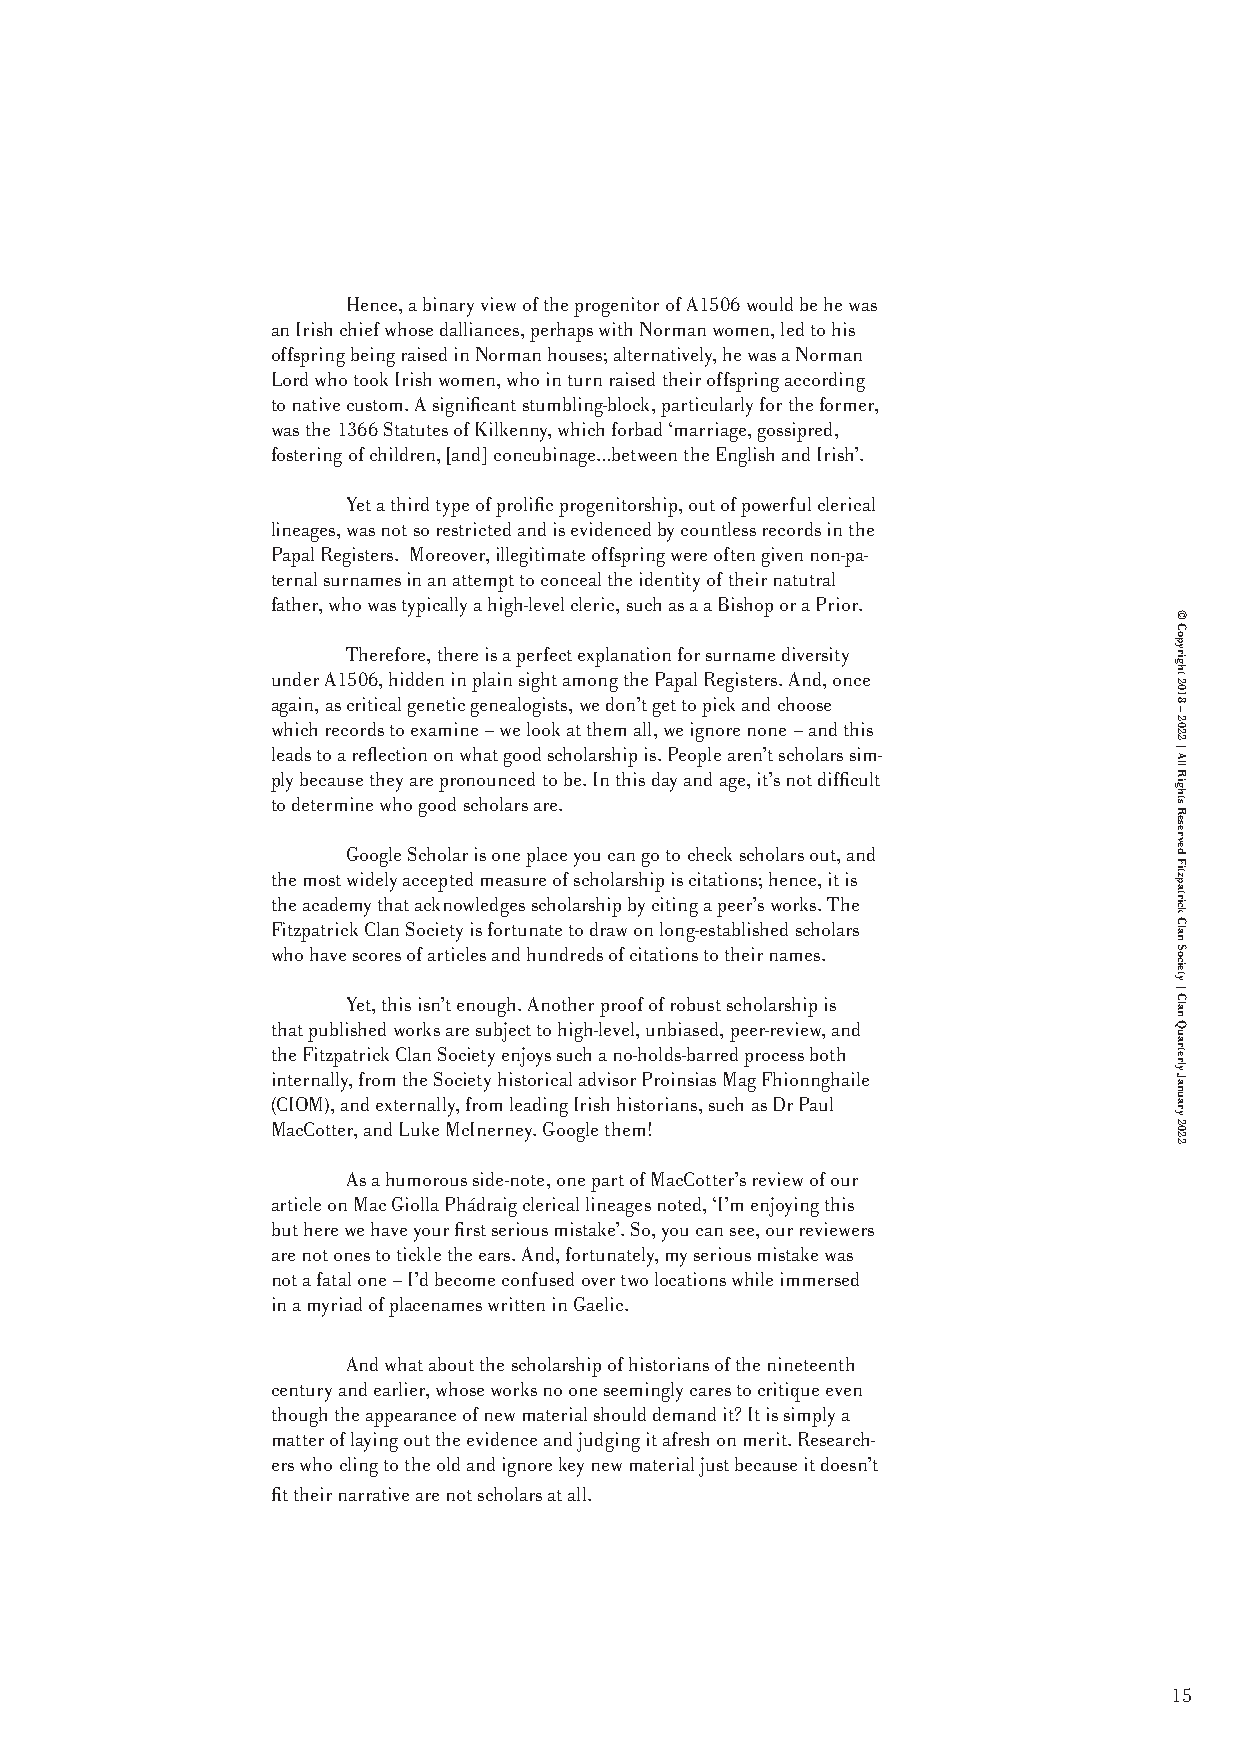
Hence, a binary view of the progenitor of A1506 would be he was
 an Irish chief whose dalliances, perhaps with Norman women, led to his
 offspring being raised in Norman houses; alternatively, he was a Norman
 Lord who took Irish women, who in turn raised their offspring according
 to native custom. A significant stumbling-block, particularly for the former,
 was the 1366 Statutes of Kilkenny, which forbad ‘marriage, gossipred,
 fostering of children, [and] concubinage…between the English and Irish’.
 Yet a third type of prolific progenitorship, out of powerful clerical
 lineages, was not so restricted and is evidenced by countless records in the
 Papal Registers. Moreover, illegitimate offspring were often given non-pa-
 ternal surnames in an attempt to conceal the identity of their natutral
 father, who was typically a high-level cleric, such as a a Bishop or a Prior.
 Therefore, there is a perfect explanation for surname diversity
 under A1506, hidden in plain sight among the Papal Registers. And, once
 again, as critical genetic genealogists, we don’t get to pick and choose
 which records to examine – we look at them all, we ignore none – and this
 leads to a reflection on what good scholarship is. People aren’t scholars sim-
 ply because they are pronounced to be. In this day and age, it’s not difficult
 to determine who good scholars are.
 Google Scholar is one place you can go to check scholars out, and
 the most widely accepted measure of scholarship is citations; hence, it is
 the academy that acknowledges scholarship by citing a peer’s works. The
 Fitzpatrick Clan Society is fortunate to draw on long-established scholars
 who have scores of articles and hundreds of citations to their names.
 Yet, this isn’t enough. Another proof of robust scholarship is
 that published works are subject to high-level, unbiased, peer-review, and
 the Fitzpatrick Clan Society enjoys such a no-holds-barred process both
 internally, from the Society historical advisor Proinsias Mag Fhionnghaile
 (CIOM), and externally, from leading Irish historians, such as Dr Paul
 MacCotter, and Luke McInerney. Google them!
 As a humorous side-note, one part of MacCotter’s review of our
 article on Mac Giolla Phádraig clerical lineages noted, ‘I’m enjoying this
 but here we have your first serious mistake’. So, you can see, our reviewers
 are not ones to tickle the ears. And, fortunately, my serious mistake was
 not a fatal one – I’d become confused over two locations while immersed
 in a myriad of placenames written in Gaelic.
 And what about the scholarship of historians of the nineteenth
 century and earlier, whose works no one seemingly cares to critique even
 though the appearance of new material should demand it? It is simply a
 matter of laying out the evidence and judging it afresh on merit. Research-
 ers who cling to the old and ignore key new material just because it doesn’t
 fit their narrative are not scholars at all.
 15
 ©
 Copyright
 2018
 –
 2022
 |
 All
 Rights
 Reserved
 Fitzpatrick
 Clan
 Society
 |
 Clan
 Quarterly
 January
 2022